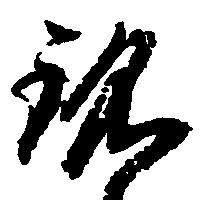
銘